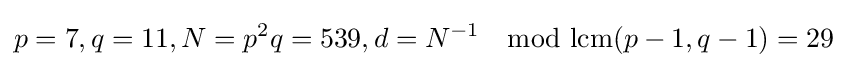
p=7,q=11,N=p^{2}q=539,d=N^{-1}\mod {\text{lcm}}(p-1,q-1)=29